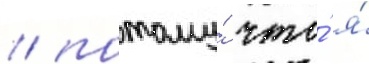
/ потому́ что́ я́